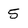
Character: 5